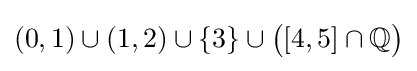
(0,1)\cup (1,2)\cup \{3\}\cup {\bigl (}[4,5]\cap \mathbb {Q} {\bigr )}